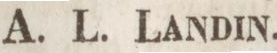
A. P. LANDINS